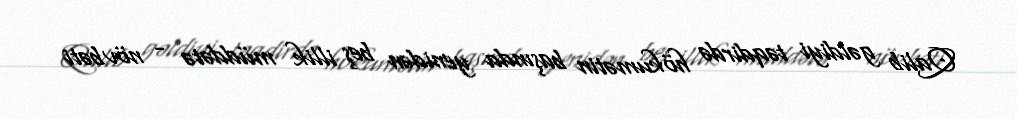
Qalib gəldiyi təqdirdə hökumətin başında yenidən beş illik müddətə - növbəti